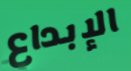
الإبداع